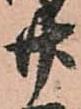
廿